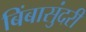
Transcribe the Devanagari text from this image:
बिंबासुंदरी